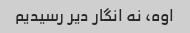
اوه، نه انگار دیر رسیدیم